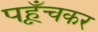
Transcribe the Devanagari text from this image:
पहूँचकर